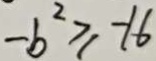
- b ^ { 2 } \geq - 1 6